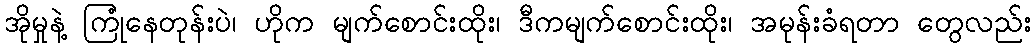
အိုမှုနဲ့ ကြုံနေတုန်းပဲ၊ ဟိုက မျက်စောင်းထိုး၊ ဒီကမျက်စောင်းထိုး၊ အမုန်းခံရတာ တွေလည်း